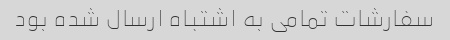
سفارشات تمامی به اشتباه ارسال شده بود